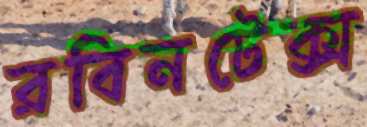
রবিনটেক্স